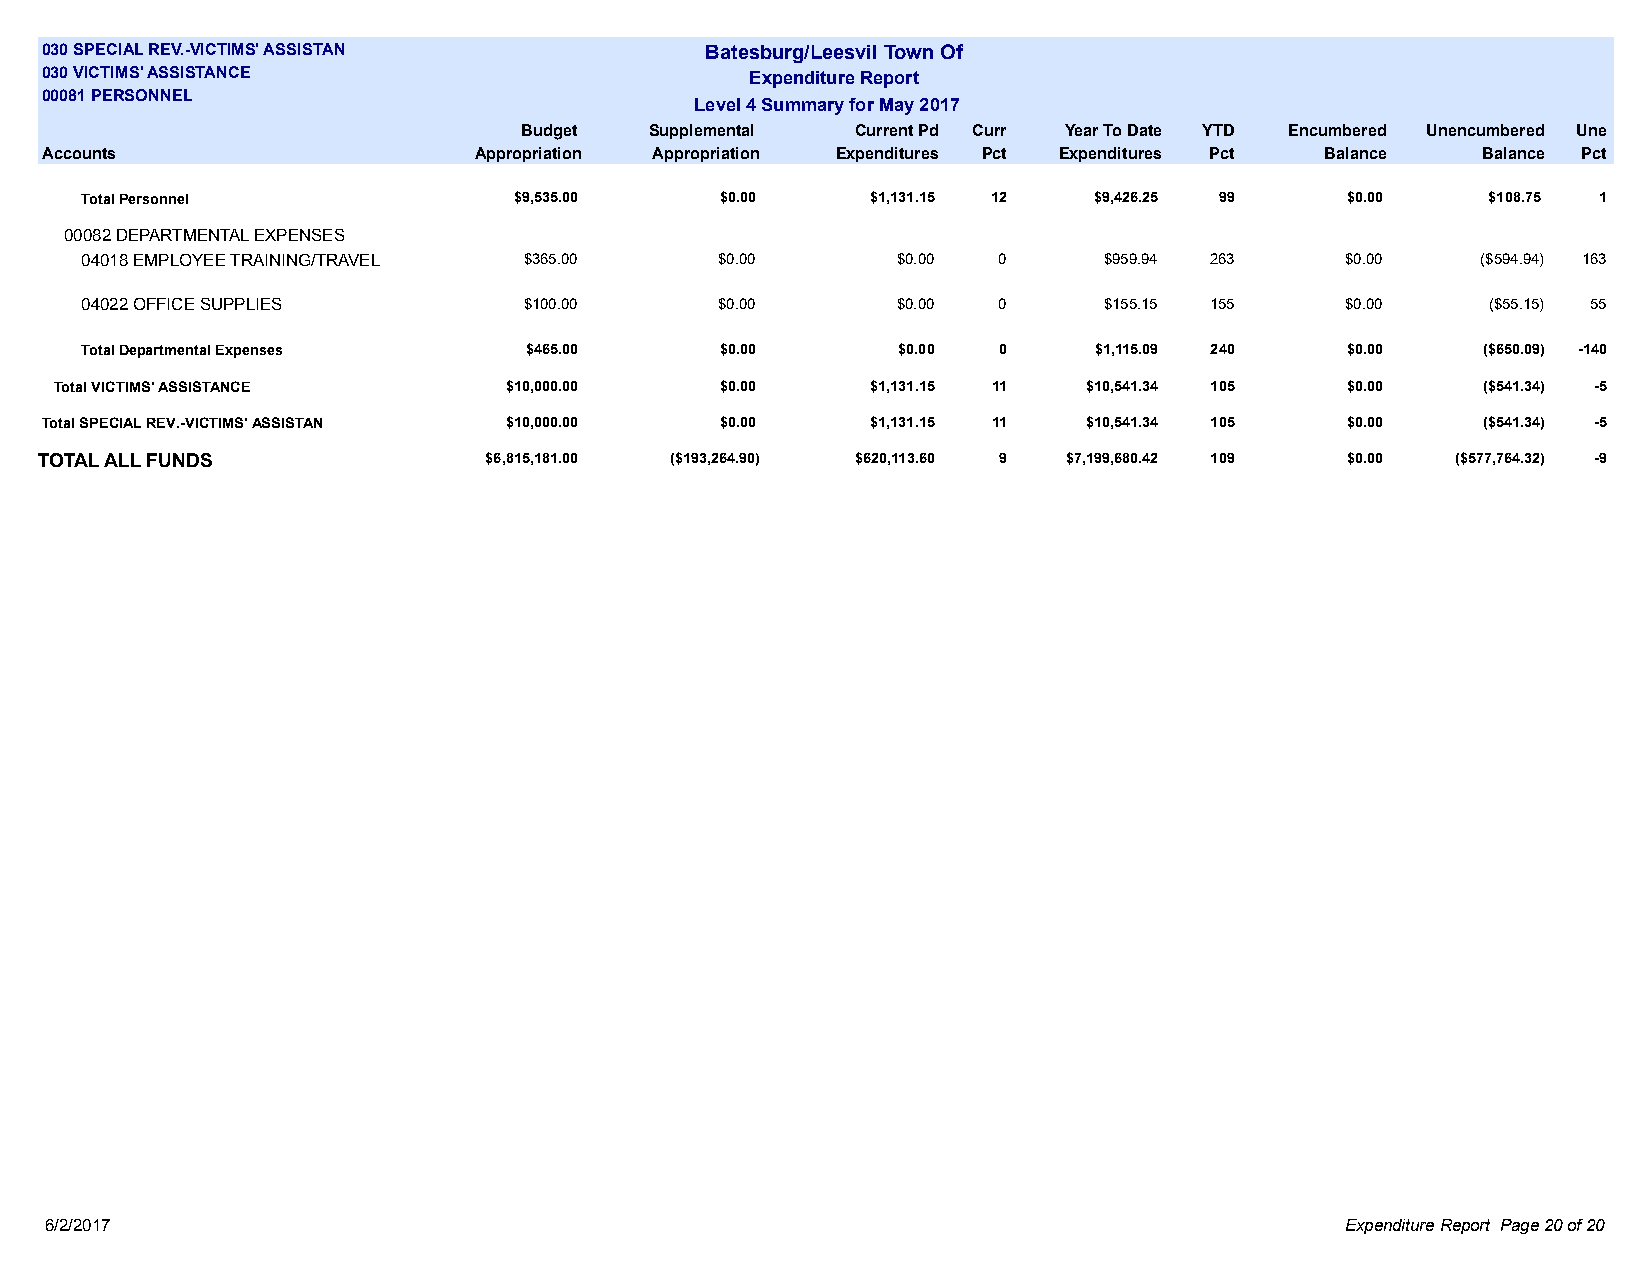
030 SPECIAL REV.-VICTIMS' ASSISTAN          Batesburg/Leesvil Town Of
 030 VICTIMS' ASSISTANCE                        Expenditure Report
 00081 PERSONNEL
 Level 4 Summary for May 2017
 Budget  Supplemental  Current Pd Curr Year To Date YTD Encumbered Unencumbered Une
 Accounts                    Appropriation Appropriation Expenditures Pct Expenditures Pct Balance Balance Pct
 Total Personnel              $9,535.00     $0.00     $1,131.15 12  $9,426.25 99     $0.00    $108.75 1
 00082 DEPARTMENTAL EXPENSES
 04018 EMPLOYEE TRAINING/TRAVEL $365.00     $0.00      $0.00  0      $959.94 263     $0.00    ($594.94) 163
 04022 OFFICE SUPPLIES         $100.00      $0.00      $0.00  0      $155.15 155     $0.00     ($55.15) 55
 Total Departmental Expenses   $465.00      $0.00      $0.00  0     $1,115.09 240    $0.00    ($650.09) -140
 Total VICTIMS' ASSISTANCE    $10,000.00     $0.00     $1,131.15 11  $10,541.34 105   $0.00    ($541.34) -5
 Total SPECIAL REV.-VICTIMS' ASSISTAN $10,000.00 $0.00  $1,131.15 11  $10,541.34 105   $0.00    ($541.34) -5
 TOTAL ALL FUNDS               $6,815,181.00 ($193,264.90) $620,113.60 9 $7,199,680.42 109 $0.00 ($577,764.32) -9
 6/2/2017                                                                              Expenditure Report Page 20 of 20